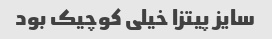
سایز پیتزا خیلی کوچیک بود